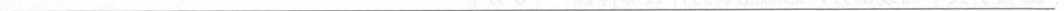
___